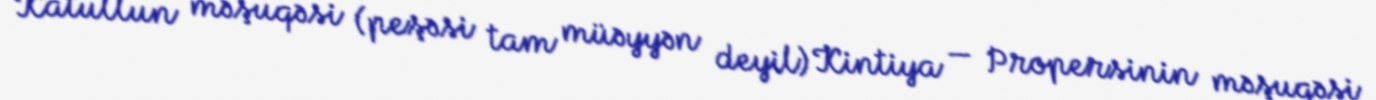
Katullun məşuqəsi (peşəsi tam müəyyən deyil) Kintiya — Propersinin məşuqəsi